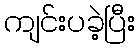
ကျင်းပခဲ့ပြီး